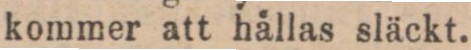
kommer att hällas släckt.